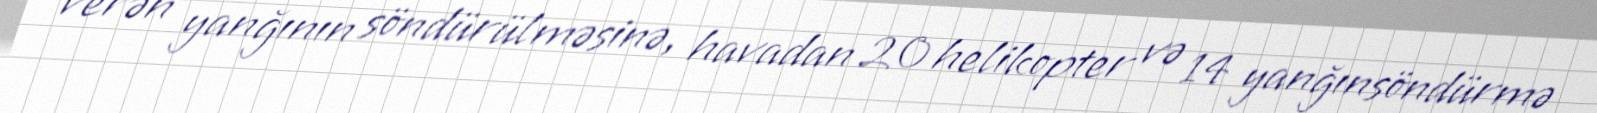
verən yanğının söndürülməsinə, havadan 20 helikopter və 14 yanğınsöndürmə